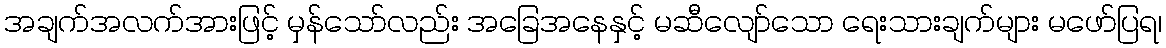
အချက်အလက်အားဖြင့် မှန်သော်လည်း အခြေအနေနှင့် မဆီလျော်သော ရေးသားချက်များ မဖော်ပြရ၊